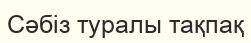
Сәбіз туралы тақпақ